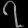
Digit: ၇